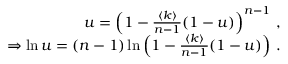
\begin{array} { r } { u = \left( 1 - \frac { \langle k \rangle } { n - 1 } ( 1 - u ) \right) ^ { n - 1 } \, , } \\ { \Rightarrow \ln u = ( n - 1 ) \ln \left( 1 - \frac { \langle k \rangle } { n - 1 } ( 1 - u ) \right) \, . } \end{array}